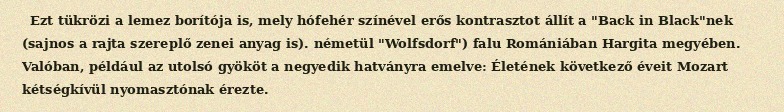
Ezt tükrözi a lemez borítója is, mely hófehér színével erős kontrasztot állít a "Back in Black"nek (sajnos a rajta szereplő zenei anyag is). németül "Wolfsdorf") falu Romániában Hargita megyében. Valóban, például az utolsó gyököt a negyedik hatványra emelve: Életének következő éveit Mozart kétségkívül nyomasztónak érezte.